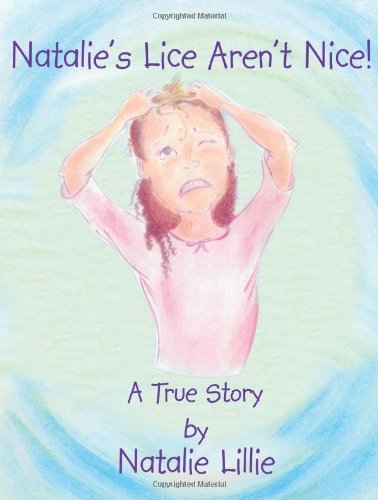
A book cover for Natalie's Lice Aren't Nice; Natalie Lillie; Health, Fitness & Dieting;